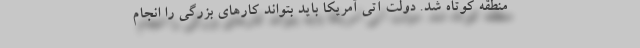
منطقه کوتاه شد. دولت آتی آمریکا باید بتواند کارهای بزرگی را انجام